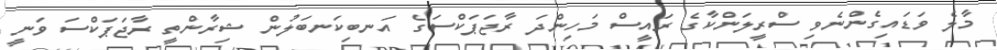
މާލެ ވަޑައިގެންނެވި ސްރީލަންކާގެ ރައީސް މަހިންދަ ރާޖަޕަކްސަގެ އަނބިކަނބަލުން ޝިރާންތީ ރާޖަޕަކްސަ ވަނީ